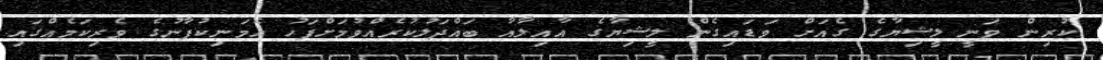
ކުރިން ވަނީ ލީޝިޔާގެ ގެއަށް ވަޑައިގެން ލީޝިޔާގެ އާއިލާއާ ބައްދަލުކުރެއްވުމަށްފަހު އެމަނިކުފާނުގެ ވެރިކަމެއްގައި